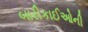
બારીકાઈઓની